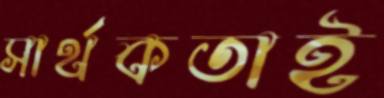
সার্থকতাই